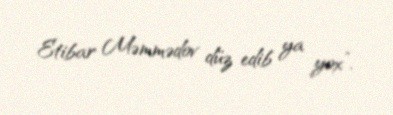
Etibar Məmmədov düz edib ya yox”.